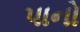
પાનો